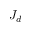
J _ { d }